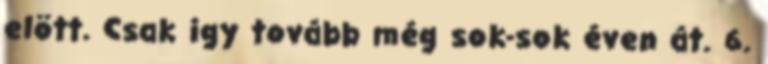
elött. Csak igy tovább még sok-sok éven át. 6.